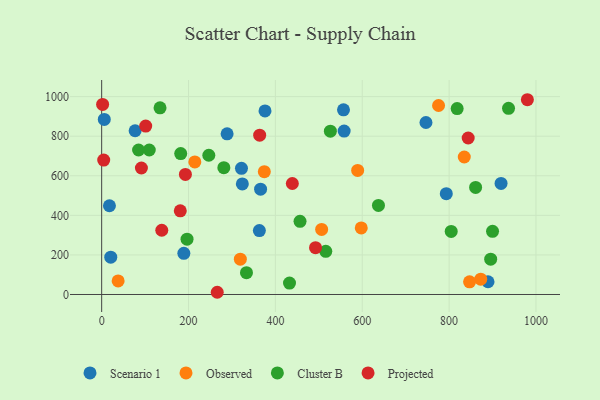
{"axis": {"x": "Engine Size", "y": "Exam Score"}, "legend": ["Cluster B", "Observed", "Projected", "Scenario 1"], "data": [{"x": "189.2", "y": 207.9, "type": "Scenario 1"}, {"x": "6.0", "y": 884.8, "type": "Scenario 1"}, {"x": "376.1", "y": 928.0, "type": "Scenario 1"}, {"x": "323.9", "y": 558.9, "type": "Scenario 1"}, {"x": "793.5", "y": 509.7, "type": "Scenario 1"}, {"x": "889.6", "y": 64.3, "type": "Scenario 1"}, {"x": "77.0", "y": 827.7, "type": "Scenario 1"}, {"x": "20.9", "y": 188.8, "type": "Scenario 1"}, {"x": "746.7", "y": 869.2, "type": "Scenario 1"}, {"x": "363.1", "y": 323.1, "type": "Scenario 1"}, {"x": "321.9", "y": 637.9, "type": "Scenario 1"}, {"x": "558.3", "y": 826.2, "type": "Scenario 1"}, {"x": "365.9", "y": 532.2, "type": "Scenario 1"}, {"x": "556.8", "y": 933.6, "type": "Scenario 1"}, {"x": "17.9", "y": 448.5, "type": "Scenario 1"}, {"x": "919.6", "y": 561.6, "type": "Scenario 1"}, {"x": "288.8", "y": 812.2, "type": "Scenario 1"}, {"x": "506.5", "y": 329.0, "type": "Observed"}, {"x": "589.4", "y": 626.9, "type": "Observed"}, {"x": "872.8", "y": 77.5, "type": "Observed"}, {"x": "775.7", "y": 955.1, "type": "Observed"}, {"x": "37.9", "y": 68.8, "type": "Observed"}, {"x": "319.3", "y": 178.3, "type": "Observed"}, {"x": "597.7", "y": 336.5, "type": "Observed"}, {"x": "374.5", "y": 620.9, "type": "Observed"}, {"x": "834.9", "y": 694.8, "type": "Observed"}, {"x": "214.5", "y": 670.0, "type": "Observed"}, {"x": "847.1", "y": 64.0, "type": "Observed"}, {"x": "818.5", "y": 939.8, "type": "Cluster B"}, {"x": "333.4", "y": 110.5, "type": "Cluster B"}, {"x": "85.0", "y": 730.2, "type": "Cluster B"}, {"x": "861.0", "y": 541.2, "type": "Cluster B"}, {"x": "182.0", "y": 712.2, "type": "Cluster B"}, {"x": "804.8", "y": 318.9, "type": "Cluster B"}, {"x": "109.6", "y": 730.2, "type": "Cluster B"}, {"x": "936.8", "y": 941.0, "type": "Cluster B"}, {"x": "516.0", "y": 218.1, "type": "Cluster B"}, {"x": "432.5", "y": 57.6, "type": "Cluster B"}, {"x": "526.6", "y": 825.3, "type": "Cluster B"}, {"x": "895.7", "y": 178.6, "type": "Cluster B"}, {"x": "637.3", "y": 450.3, "type": "Cluster B"}, {"x": "134.4", "y": 943.6, "type": "Cluster B"}, {"x": "196.6", "y": 279.8, "type": "Cluster B"}, {"x": "900.0", "y": 319.2, "type": "Cluster B"}, {"x": "246.7", "y": 703.8, "type": "Cluster B"}, {"x": "281.3", "y": 640.9, "type": "Cluster B"}, {"x": "456.7", "y": 370.0, "type": "Cluster B"}, {"x": "492.4", "y": 236.4, "type": "Projected"}, {"x": "181.0", "y": 423.1, "type": "Projected"}, {"x": "91.5", "y": 639.3, "type": "Projected"}, {"x": "266.1", "y": 11.2, "type": "Projected"}, {"x": "4.7", "y": 679.6, "type": "Projected"}, {"x": "101.4", "y": 851.0, "type": "Projected"}, {"x": "363.8", "y": 805.3, "type": "Projected"}, {"x": "138.4", "y": 324.6, "type": "Projected"}, {"x": "980.2", "y": 984.4, "type": "Projected"}, {"x": "439.0", "y": 560.9, "type": "Projected"}, {"x": "843.9", "y": 790.9, "type": "Projected"}, {"x": "2.2", "y": 960.4, "type": "Projected"}, {"x": "192.8", "y": 606.6, "type": "Projected"}]}